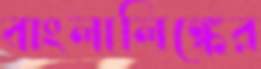
বাংলালিঙ্কের